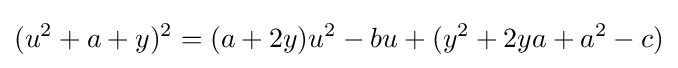
(u^{2}+a+y)^{2}=(a+2y)u^{2}-bu+(y^{2}+2ya+a^{2}-c)